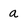
Character: a